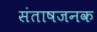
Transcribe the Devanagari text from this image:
संताषजनक